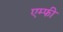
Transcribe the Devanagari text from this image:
एम्फी